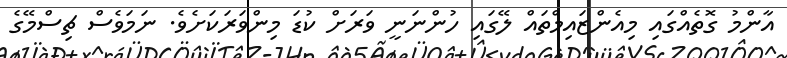
އާންމު ގޮތެއްގައި މިއެންޒައިމްތައް ލޭގައި ހުންނަނީ ވަރަށް ކުޑަ މިންވަރަކަށެވެ. ނަމަވެސް ޗިސްމޭގެ